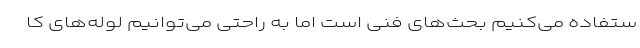
ستفاده می‌کنیم بحث‌های فنی است اما به راحتی می‌توانیم لوله‌های کا